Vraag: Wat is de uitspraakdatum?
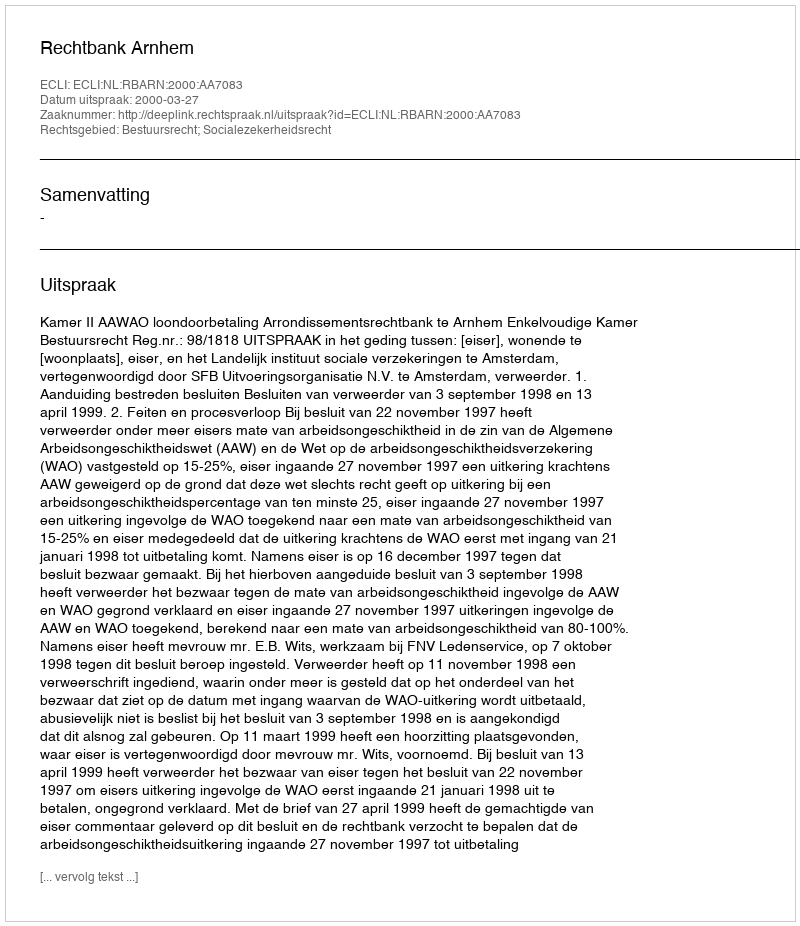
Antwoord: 2000-03-27